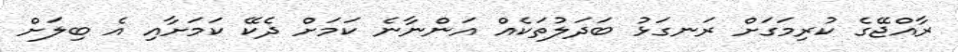
ރާއްޖޭގެ ކުރިމަގަށް ރަނގަޅު ބަދަލުތަކެއް އަންނާނެ ކަމަށް ދެކޭ ކަމަށާއި އެ ބިލަށް